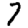
Digit: 7